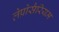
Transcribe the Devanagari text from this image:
लेप्रोसैरियम